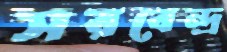
সরবেন্দ্র